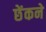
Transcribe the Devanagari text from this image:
छेंकने